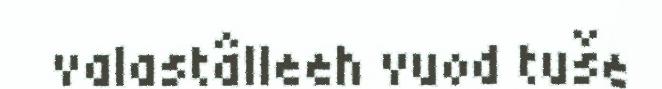
valastâlleeh vuod tuše